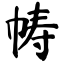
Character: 帱